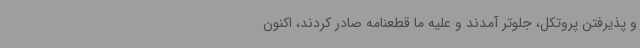
و پذیرفتن پروتکل، جلوتر آمدند و علیه ما قطعنامه صادر کردند، اکنون